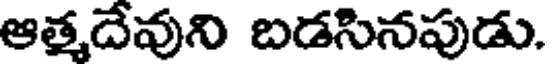
ఆత్మదేవుని బడసినపుడు.